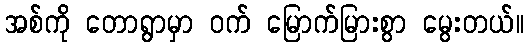
အစ်ကို တောရွာမှာ ဝက် မြောက်မြားစွာ မွေးတယ်။